Plague in India, 1896, 1897 - Volume 3
Year: 1896
Disease focus: Plague
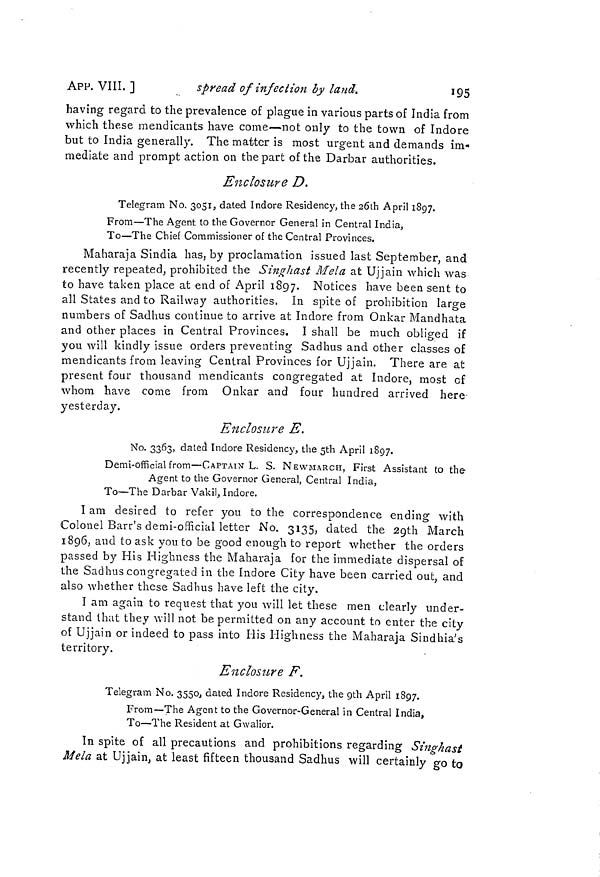
195
APP. VIII. ]
spread of injection by land.
having regard to the prevalence of plague in various parts of India from
which these mendicants have come—not only to the town of Indore
but to India generally. The matter is most urgent and demands im-
mediate and prompt action on the part of the Darbar authorities.
Enclosure D.
Telegram No. 3051, dated Indore Residency, the 20th April 1897.
From—The Agent to the Governor General in Central India,
To—The Chief Commissioner of the Central Provinces.
Maharaja Sindia has, by proclamation issued last September, and
recently repeated, prohibited the Singhast Mela at Ujjain which was
to have taken place at end of April 1897. Notices have been sent to
all States and to Railway authorities. In spite of prohibition large
numbers of Sadhus continue to arrive at Indore from Onkar Mandhata
and other places in Central Provinces. I shall be much obliged if
you will kindly issue orders preventing Sadhus and other classes of
mendicants from leaving Central Provinces for Ujjain. There are at
present four thousand mendicants congregated at Indore, most cf
whom have come from Onkar and four hundred arrived here
yesterday.
Enclosure E.
No. 3363, dated Indore Residency, the 5th April 1897.
Demi-official from—CAPTAIN L. S. NEWMARCH, First Assistant to the
Agent to the Governor General, Central India,
To—The Darbar Vakil, Indore.
I am desired to refer you to the correspondence ending with
Colonel Barr's demi-official letter No. 3135, dated the 29th March
1896, and to ask you to be good enough to report whether the orders
passed by His Highness the Maharaja for the immediate dispersal of
the Sadhus congregated in the Indore City have been carried out, and
also whether these Sadhus have left the city.
I am again to request that you will let these men clearly under-
stand that they will not be permitted on any account to enter the city
of Ujjain or indeed to pass into His Highness the Maharaja Sindhia's
territory.
Enclosure F.
Telegram No. 3550, dated Indore Residency, the 9th April 1897.
From—The Agent to the Governor-General in Central India,
To—The Resident at Gwalior.
In spite of all precautions and prohibitions regarding Singhast
Mela at Ujjain, at least fifteen thousand Sadhus will certainly go to